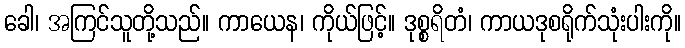
ခေါ၊ အကြင်သူတို့သည်။ ကာယေန၊ ကိုယ်ဖြင့်။ ဒုစ္စရိတံ၊ ကာယဒုစရိုက်သုံးပါးကို။